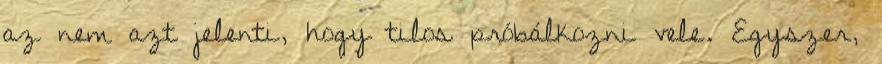
az nem azt jelenti, hogy tilos próbálkozni vele. Egyszer,